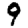
Digit: 9